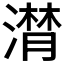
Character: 潸